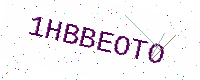
Text: 1HBBEOTO